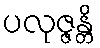
ပလုဇ္ဇန္တိ